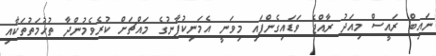
ނައިބް ރައީސް މިއަދު ރާއްޖެ ވަޑައިގެންފައި މިވަނީ އެމަނިކުފާނުގެ މައްޗަށް ކުރެވެމުންދާ ތުހުމަތުތަކާއި